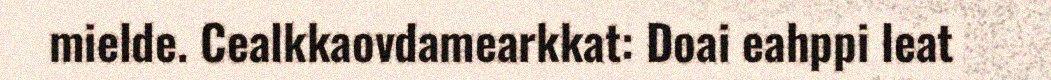
mielde. Cealkkaovdamearkkat: Doai eahppi leat